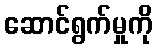
ဆောင်ရွက်မှုကို